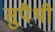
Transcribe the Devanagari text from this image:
सुपैथी